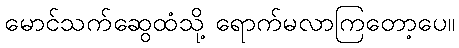
မောင်သက်ဆွေထံသို့ ရောက်မလာကြတော့ပေ။